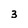
Character: 3